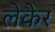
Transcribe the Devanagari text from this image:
लेकेर